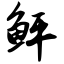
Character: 鲆